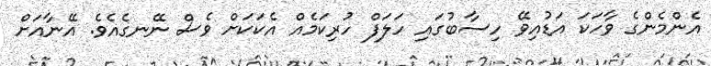
އެންމެންގެ ވާހަކަ އަޑުއިވޭ ހިސާބުގައި ހަލަފް ހުރިކަމެއް އެކަކަށް ވެސް ނޭނގެއެވެ. އޭނާއަށް